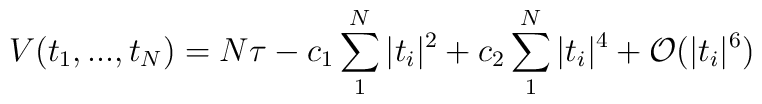
V(t_1,..., t_N) = N\tau -  c_1 \sum_1^N |t_i|^2 +c_2 \sum_1^N |t_i|^4  + {\cal{O}}(|t_i|^6)